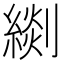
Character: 𦃖